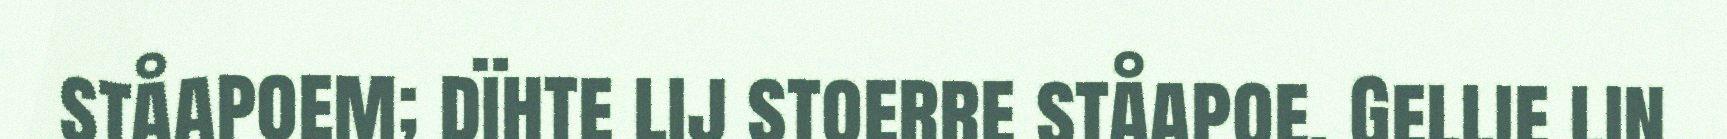
ståapoem; dïhte lij stoerre ståapoe. Gellie lin